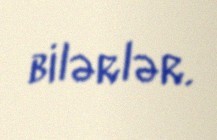
bilərlər.